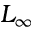
L _ { \infty }